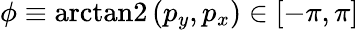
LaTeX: \phi\equiv\mathrm{arctan2}\left(p_{y},p_{x}\right)\in[-\pi,\pi]